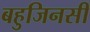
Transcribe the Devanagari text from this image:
बहुजिनसी